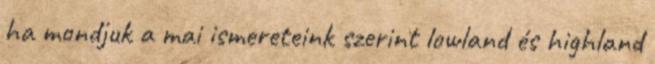
ha mondjuk a mai ismereteink szerint lowland és highland